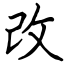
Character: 改